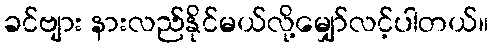
ခင်ဗျား နားလည်နိုင်မယ်လို့မျှော်လင့်ပါတယ်။